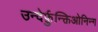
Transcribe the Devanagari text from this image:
उन्देर्फ़ुन्क्तिओनिन्ग